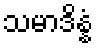
သမာဒိန္နံ